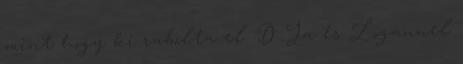
mint hogy ki rabolta el :D Ja és Logannel